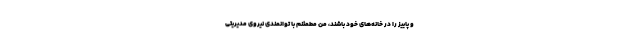
و پاییز را در خانه‌های خود باشند، من مطمئنم با توانمندی نیروی مدیریتی